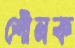
শৌনক